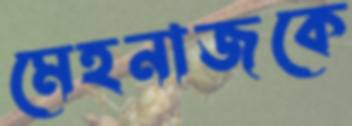
মেহনাজকে